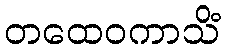
တထေဝကာသိံ